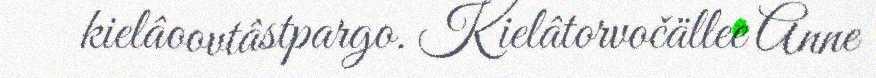
kielâoovtâstpargo. Kielâtorvočällee Anne